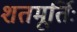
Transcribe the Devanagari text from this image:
शतमूर्तिः